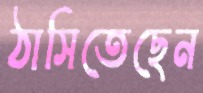
ঠাসিতেছেন